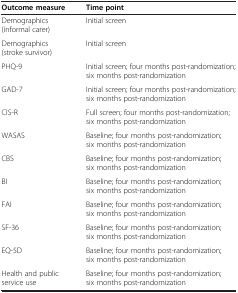
| Outcome measure | Time point |
 | --- | --- |
 | Demographics (informal carer) | Initial screen |
 | Demographics (stroke survivor) | Initial screen |
 | PHQ-9 | Initial screen; four months post-randomization; six months post-randomization |
 | GAD-7 | Initial screen; four months post-randomization; six months post-randomization |
 | CIS-R | Full screen; four months post-randomization; six months post-randomization |
 | WASAS | Baseline; four months post-randomization; six months post-randomization |
 | CBS | Baseline; four months post-randomization; six months post-randomization |
 | BI | Baseline; four months post-randomization; six months post-randomization |
 | FAI | Baseline; four months post-randomization; six months post-randomization |
 | SF-36 | Baseline; four months post-randomization; six months post-randomization |
 | EQ-5D | Baseline; four months post-randomization; six months post-randomization |
 | Health and public service use | Baseline; four months post-randomization; six months post-randomization |